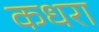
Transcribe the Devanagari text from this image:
कधरा